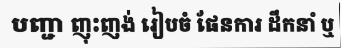
បញ្ជា ញុះញង់ រៀបចំ ផែនការ ដឹកនាំ ឬ